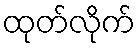
ထုတ်လိုက်